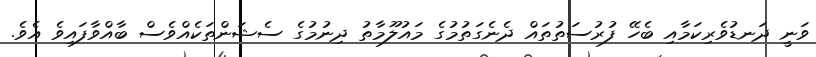
ވަނީ ދަނޑުވެރިކަމާއި ބެހޭ ފުރުސަތުތައް ދެނެގަތުމުގެ މައުލޫމާތު ދިނުމުގެ ސެޝަންތަކެއްވެސް ބާއްވާފައިވެ އެވެ.